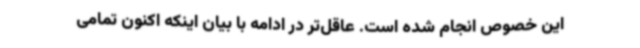
این خصوص انجام شده است. عاقل‌تر در ادامه با بیان اینکه اکنون تمامی